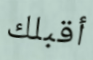
أقبلك